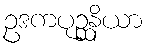
ဥဒကပုဉ္ဆနိယာ